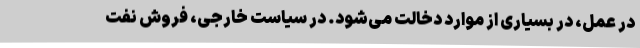
در عمل، در بسیاری از موارد دخالت می‌شود. در سیاست خارجی، فروش نفت